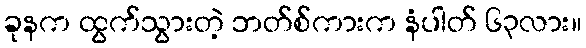
ခုနက ထွက်သွားတဲ့ ဘတ်စ်ကားက နံပါတ် ၆၃လား။